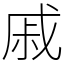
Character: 戚